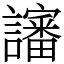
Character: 讅